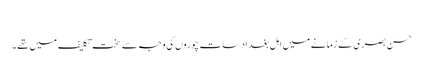
​
حسن بصری کے زمانے میں اہل بغداد سات چوروں کی وجہ سے سخت تکلیف میں تھے ۔